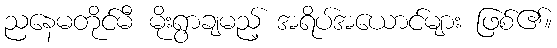
ညနေမတိုင်မီ မိုးရွာချမည့် အရိပ်အယောင်များ ဖြစ်၏။